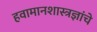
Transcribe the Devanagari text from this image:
हवामानशास्त्रज्ञांचे